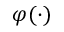
\varphi ( \cdot )